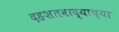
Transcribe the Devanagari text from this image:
दहशतवाद्याच्या